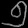
Digit: ၅